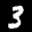
Label: 3